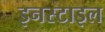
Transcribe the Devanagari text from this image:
इनस्टाइल